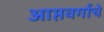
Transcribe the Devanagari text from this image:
आप्तवर्गाचे